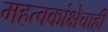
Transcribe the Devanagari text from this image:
महत्वकांक्षेचाही